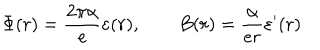
LaTeX: \Phi ( r ) = \frac { 2 \pi \alpha } { e } \varepsilon ( r ) , \qquad B ( r ) = \frac { \alpha } { e r } \varepsilon ^ { \prime } ( r )